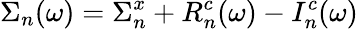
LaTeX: \Sigma_{n}(\omega)=\Sigma_{n}^{x}+R_{n}^{c}(\omega)-I_{n}^{c}(\omega)